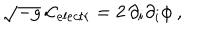
\sqrt { - g } \, { \cal L } _ { e l e c t r } = 2 \, \partial _ { i } \partial _ { i } \phi \ ,